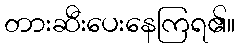
တားဆီးပေးနေကြရ၏။